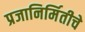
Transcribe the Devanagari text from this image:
प्रजानिर्मितीचे